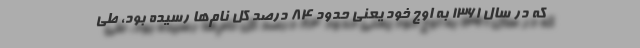
که در سال ۱۳۶۱ به اوج خود یعنی حدود ۸۴ درصد کل نام‌ها رسیده بود، طی